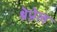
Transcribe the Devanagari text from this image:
श्रेप्नेल